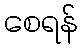
စေရန်